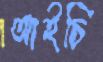
আইচি